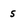
Character: s